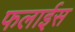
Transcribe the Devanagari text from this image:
फलाईस